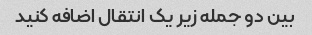
بین دو جمله زیر یک انتقال اضافه کنید